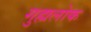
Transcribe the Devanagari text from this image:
गुह्यलोक